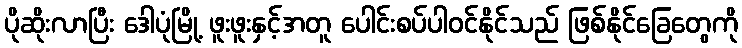
ပိုဆိုးလာပြီး ဒေါပုံမြို့ ဖူးဖူးနှင့်အတူ ပေါင်းစပ်ပါဝင်နိုင်သည် ဖြစ်နိုင်ခြေတွေကို